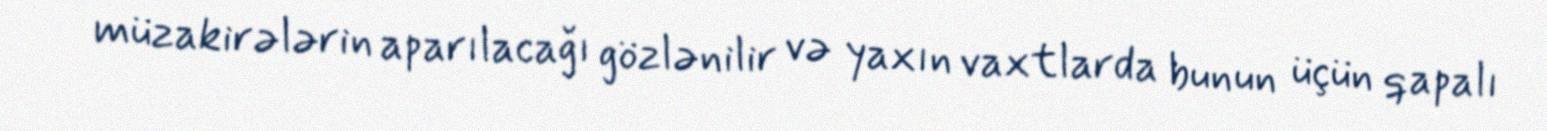
müzakirələrin aparılacağı gözlənilir və yaxın vaxtlarda bunun üçün qapalı